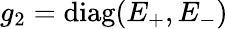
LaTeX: g_{2}=\mathrm{diag}(E_{+},E_{-})